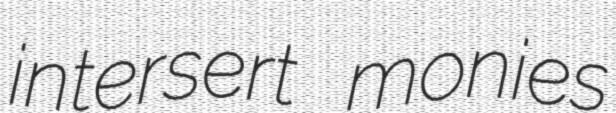
intersert monies